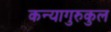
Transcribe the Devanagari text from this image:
कन्यागुरुकुल